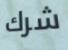
شرك